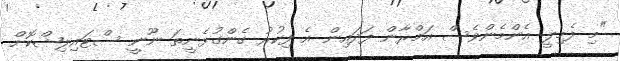
"މި ފެމިލީ އެންމެންވެސް އަމްރާން ފަދައިން އެ ފިކުރު ގެންގުޅެނީތަ ނޫނީ ސްޓައިލިޝްކޮށް